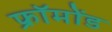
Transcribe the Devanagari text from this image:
फ्रॉमोंड